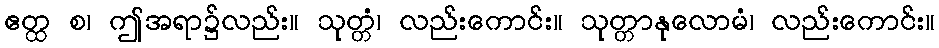
ဧတ္ထ စ၊ ဤအရာ၌လည်း။ သုတ္တံ၊ လည်းကောင်း။ သုတ္တာနုလောမံ၊ လည်းကောင်း။